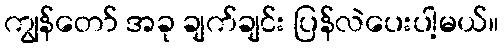
ကျွန်တော် အခု ချက်ချင်း ပြန်လဲပေးပါ့မယ်။